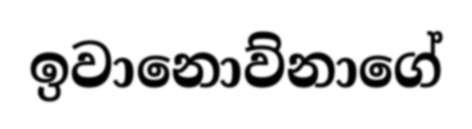
ඉවානොව්නාගේ